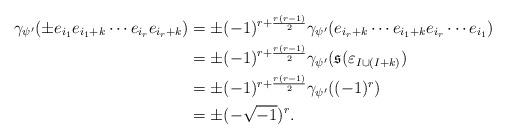
LaTeX: \begin{align*} \gamma_{\psi'}(\pm e_{i_1}e_{i_1+k}\cdots e_{i_r}e_{i_r+k}) &= \pm(-1)^{r+\frac{r(r-1)}{2}}\gamma_{\psi'}(e_{i_r+k}\cdots e_{i_1+k}e_{i_r}\cdots e_{i_1})\\ &= \pm(-1)^{r+\frac{r(r-1)}{2}}\gamma_{\psi'}(\mathfrak{s}(\varepsilon_{I\cup(I+k)})\\ &= \pm(-1)^{r+\frac{r(r-1)}{2}}\gamma_{\psi'}((-1)^r)\\ &= \pm(-\sqrt{-1})^r.\end{align*}